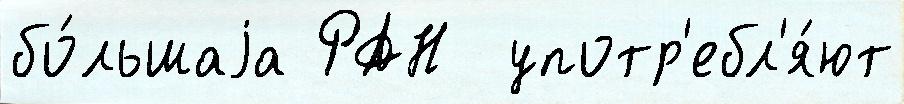
бо́льшаjа РАН  употр'ебл'я́ют